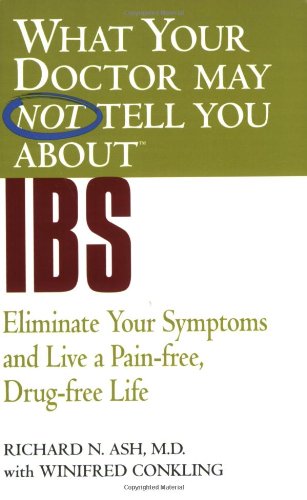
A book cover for What Your Doctor May Not Tell You About(TM) IBS: Eliminate Your Symptoms and Live a Pain-free, Drug-free Life; Richard N. Ash; Health, Fitness & Dieting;